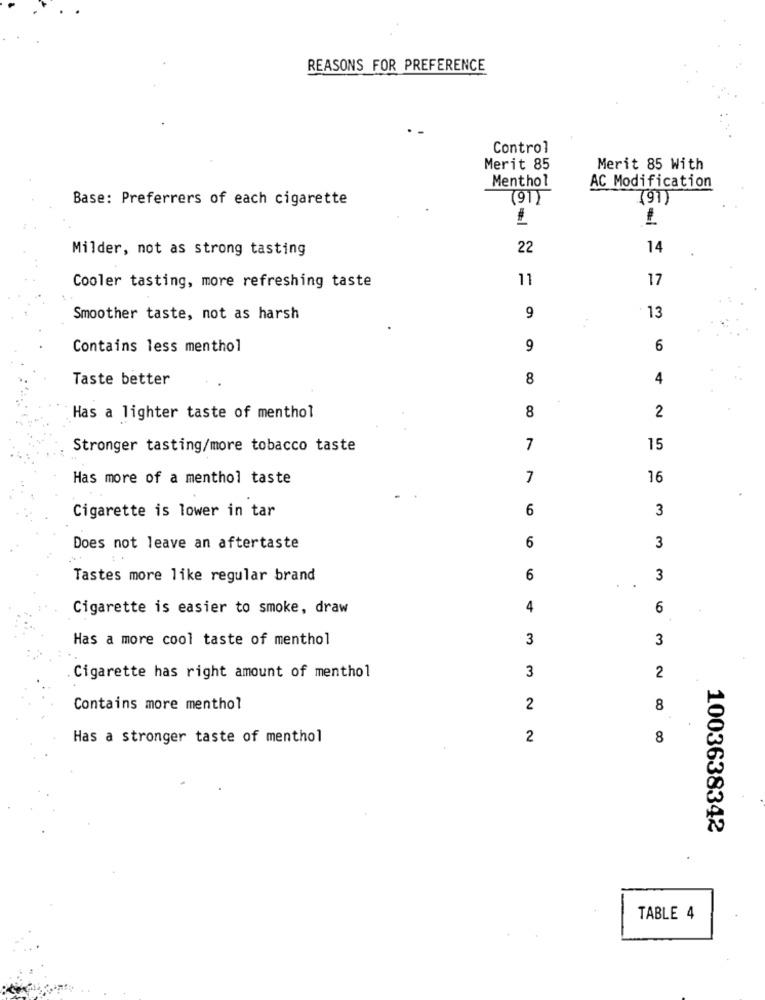
REASONS FOR PREFERENCE
Control
Merit 85
Merit 85 With
Menthol
AC Modification
Base: Preferrers of each cigarette
(91)
(91)
Milder, not as strong tasting
22
14
11
17
Cooler tasting, more refreshing taste
Smoother taste, not as harsh
9
13
Contains less menthol
9
6
Taste better
8
4
8
2
Has a lighter taste of menthol
Stronger tasting/more tobacco taste
7
15
Has more of a menthol taste
7
16
6
3
Cigarette is lower in tar
3
Does not leave an aftertaste
6
Tastes more like regular brand
6
3
Cigarette is easier to smoke, draw
4
6
Has a more cool taste of menthol
3
3
Cigarette has right amount of menthol
3
2
Contains more menthol
2
8
Has a stronger taste of menthol
2
8
1003638342
TABLE 4